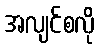
အလျင်စလို